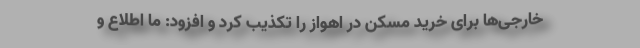
خارجی‌ها برای خرید مسکن در اهواز را تکذیب کرد و افزود: ما اطلاع و